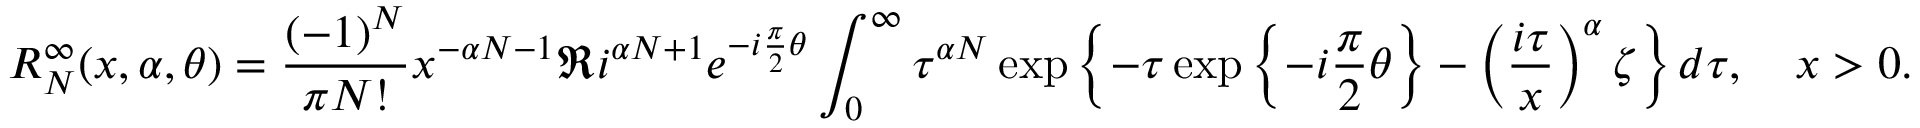
R _ { N } ^ { \infty } ( x , \alpha , \theta ) = \frac { ( - 1 ) ^ { N } } { \pi N ! } x ^ { - \alpha N - 1 } \Re i ^ { \alpha N + 1 } e ^ { - i \frac { \pi } { 2 } \theta } \int _ { 0 } ^ { \infty } \tau ^ { \alpha N } \exp \left\{ - \tau \exp \left\{ - i \frac { \pi } { 2 } \theta \right\} - \left( \frac { i \tau } { x } \right) ^ { \alpha } \zeta \right\} d \tau , \quad x > 0 .